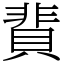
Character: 䩀